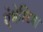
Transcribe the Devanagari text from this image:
ऐंथेस्टिमा